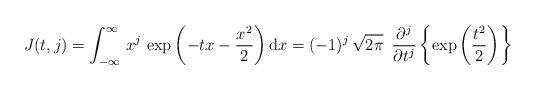
LaTeX: \begin{align*}J(t,j)=\int_{-\infty}^{\infty}\,x^{j}\,\exp\left(-t x-\frac{x^2}{2}\right)\mathrm{d}x=(-1)^j\,\sqrt{2\pi}\,\,\,\frac{\partial^j}{\partial t^j}\left\{\exp\left(\frac{t^2}{2}\right)\right\}\end{align*}